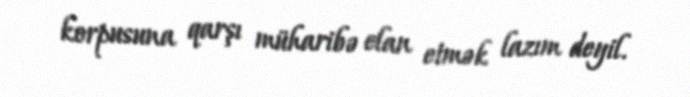
korpusuna qarşı müharibə elan etmək lazım deyil.